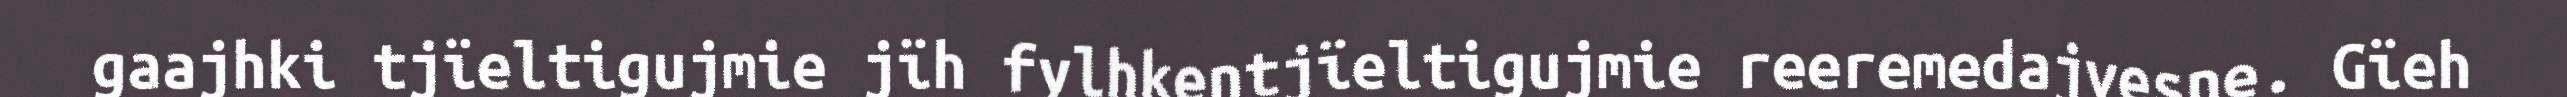
gaajhki tjïeltigujmie jïh fylhkentjïeltigujmie reeremedajvesne. Gïeh